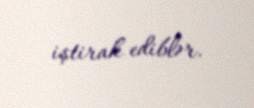
iştirak ediblər.